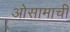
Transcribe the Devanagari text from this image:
ओसामाची